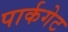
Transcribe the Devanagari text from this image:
पार्कगेट